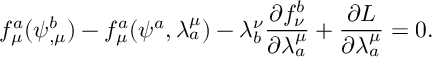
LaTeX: f _ { \mu } ^ { a } ( \psi _ { , \mu } ^ { b } ) - f _ { \mu } ^ { a } ( \psi ^ { a } , \lambda _ { a } ^ { \mu } ) - \lambda _ { b } ^ { \nu } \frac { \partial f _ { \nu } ^ { b } } { \partial \lambda _ { a } ^ { \mu } } + \frac { \partial L } { \partial \lambda _ { a } ^ { \mu } } = 0 .